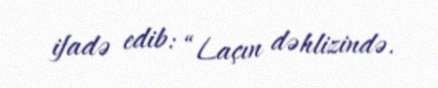
ifadə edib: “Laçın dəhlizində.